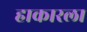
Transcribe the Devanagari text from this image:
हाकारला